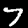
Digit: 7